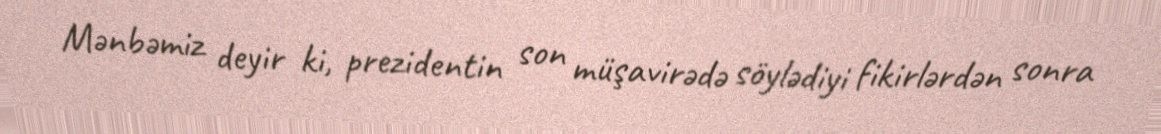
Mənbəmiz deyir ki, prezidentin son müşavirədə söylədiyi fikirlərdən sonra